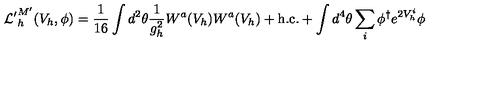
{ \cal L ^ { \prime } } _ { h } ^ { M ^ { \prime } } ( V _ { h } , \phi ) = \frac { 1 } { 1 6 } \int d ^ { 2 } \theta \frac { 1 } { g _ { h } ^ { 2 } } W ^ { a } ( V _ { h } ) W ^ { a } ( V _ { h } ) + \mathrm { h . c . } + \int d ^ { 4 } \theta \sum _ { i } \phi ^ { \dagger } e ^ { 2 V _ { h } ^ { i } } \phi